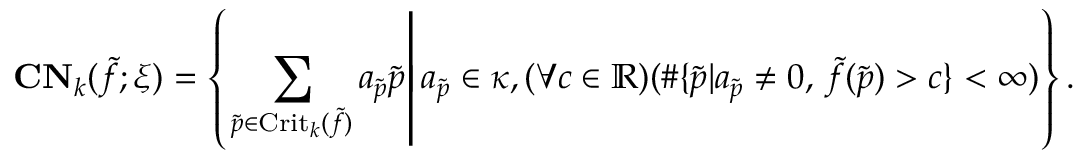
\mathbf { C N } _ { k } ( \tilde { f } ; \xi ) = \left\{ \left. \sum _ { \tilde { p } \in \mathrm { C r i t } _ { k } ( \tilde { f } ) } a _ { \tilde { p } } \tilde { p } \right| a _ { \tilde { p } } \in \kappa , ( \forall c \in \mathbb { R } ) ( \# \{ \tilde { p } | a _ { \tilde { p } } \neq 0 , \, \tilde { f } ( \tilde { p } ) > c \} < \infty ) \right\} .